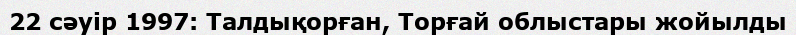
22 сәуір 1997: Талдықорған, Торғай облыстары жойылды